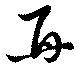
再